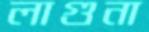
লাগুনা